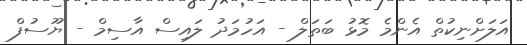
އަލަށްނިކުތް އެންމެ މޮޅު ބަތަލް - އަހުމަދު ލައިސް އާސިމް - ޔޫސުފް